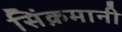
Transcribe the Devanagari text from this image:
सिंक़मानी